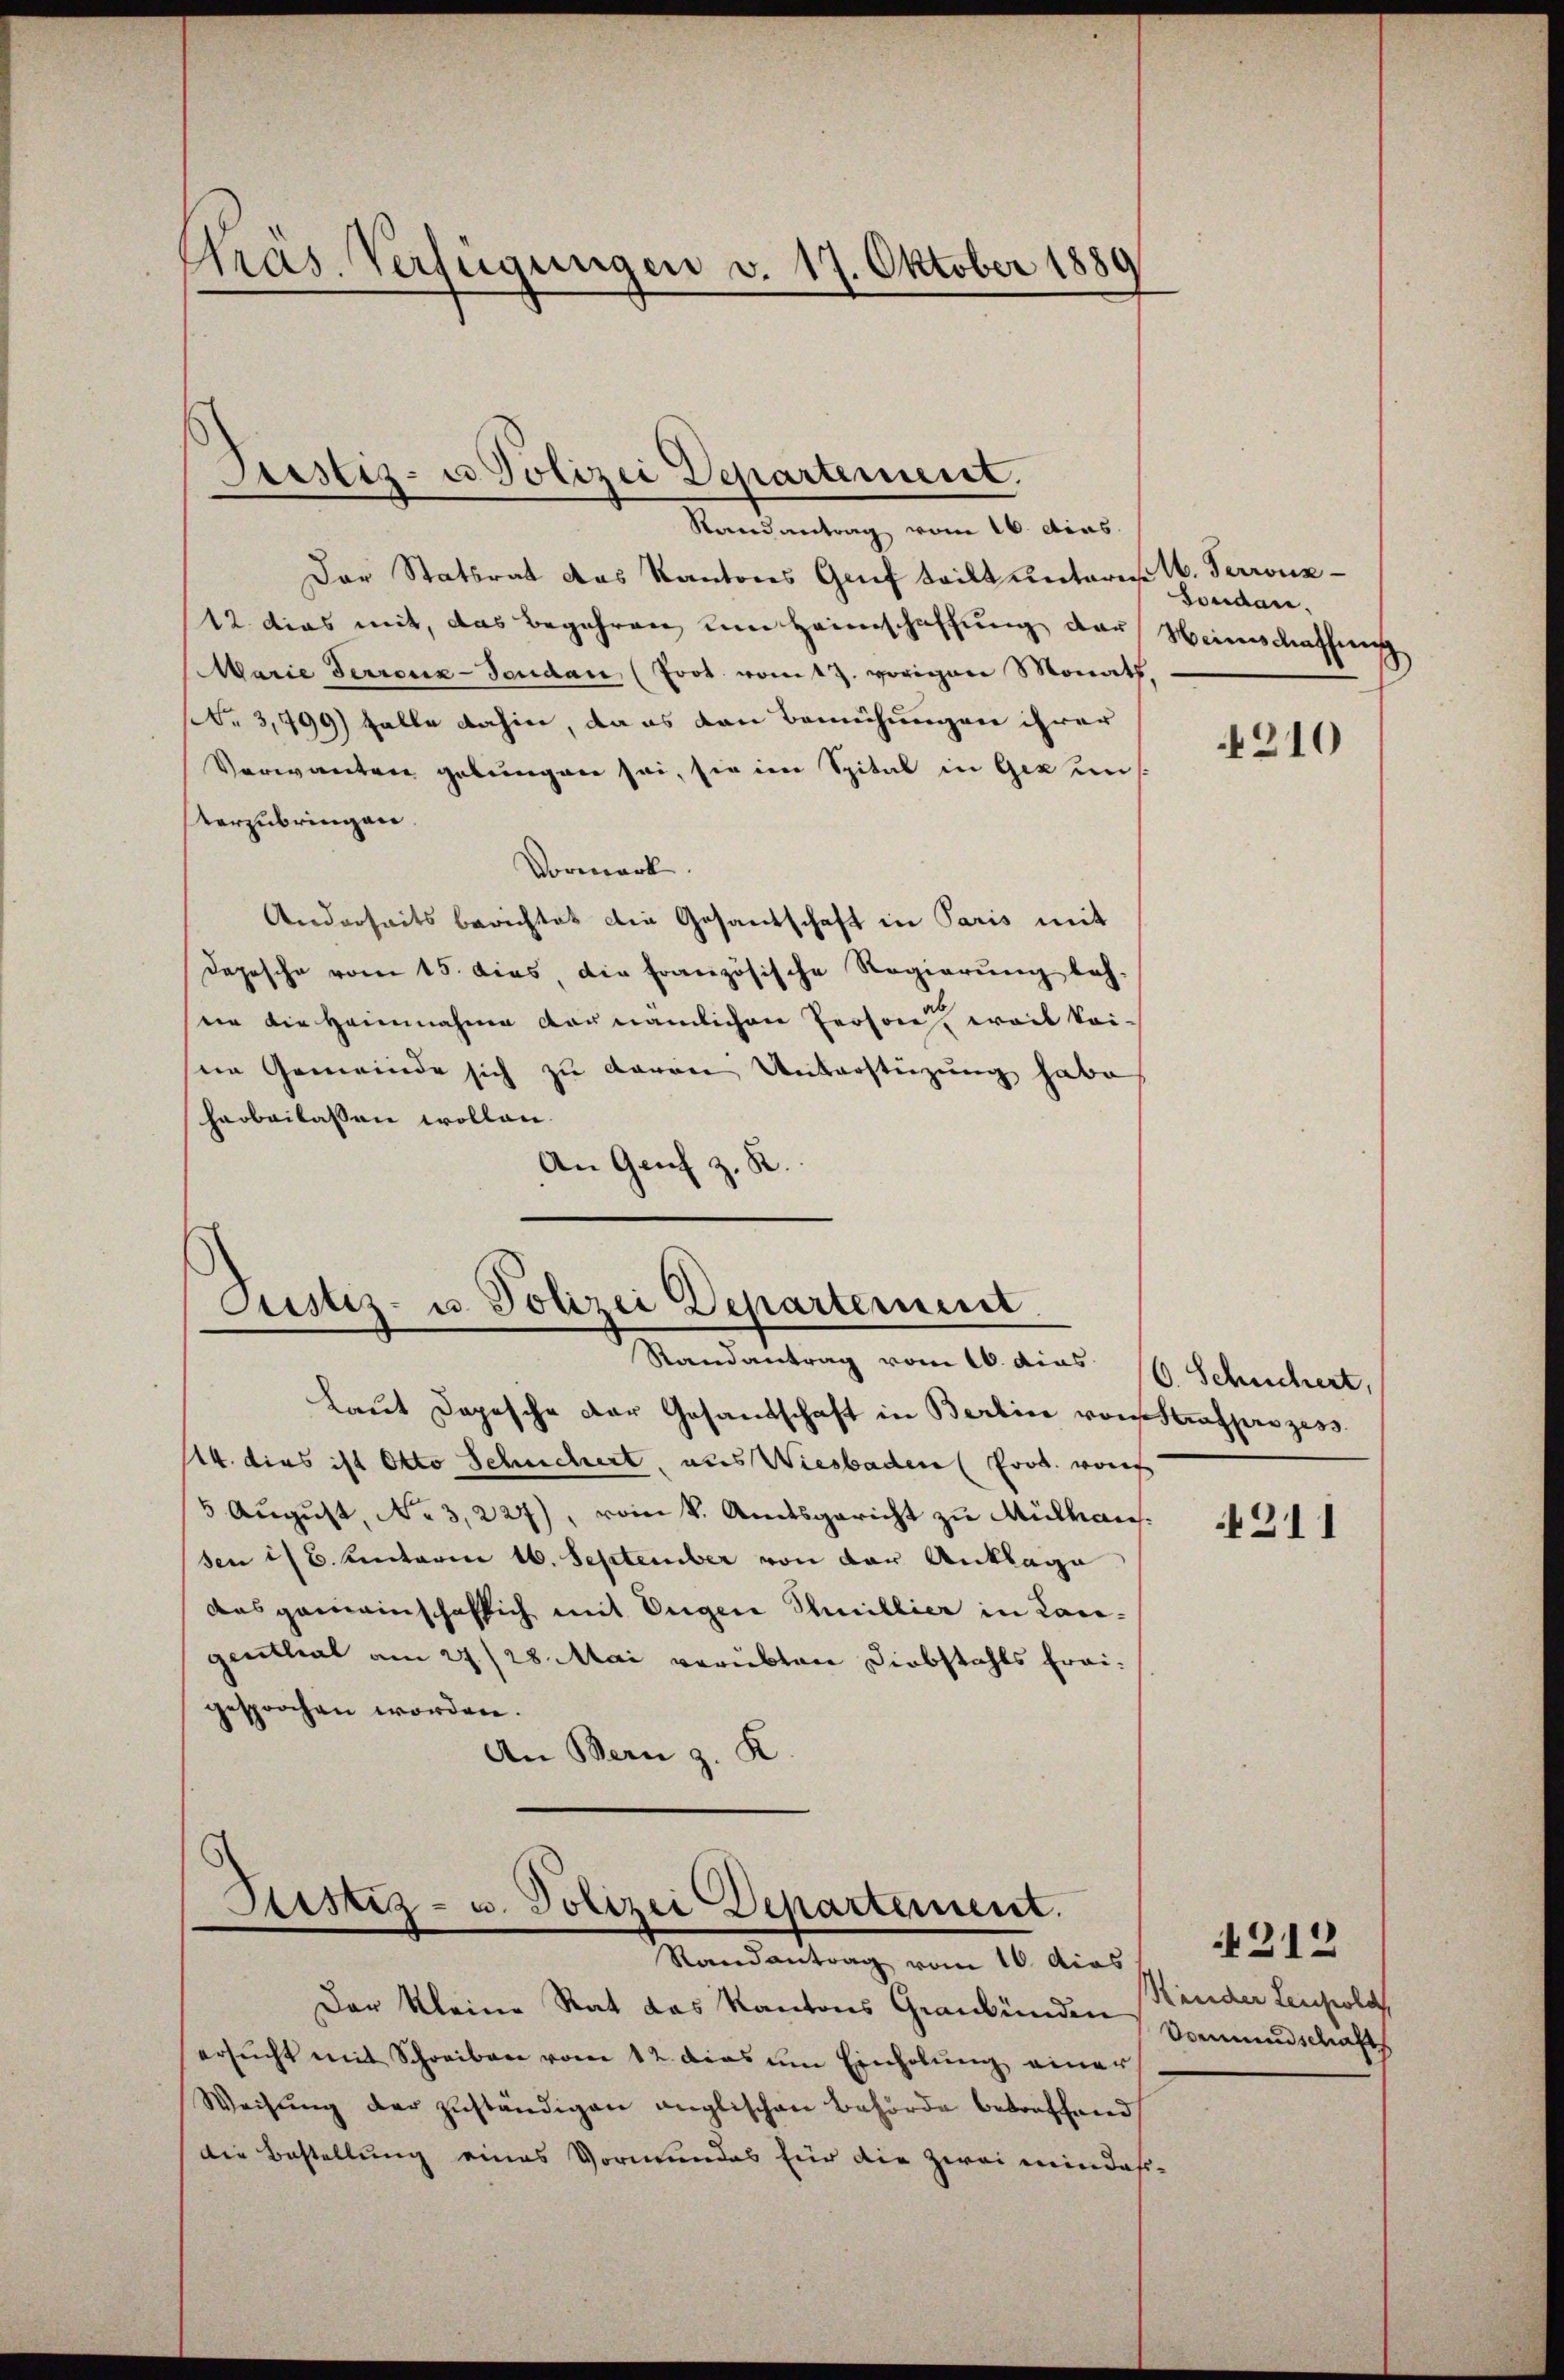
Pras. Verfügungen v. 17. Oktober 1889

Justiz- u Polizei Departement.

Randantrag vom 16. dies
Der Statsrat das Kantons Gruf teilt unterm 16. Perronz
12 dies mit, das Begehren um Heimschaffung der Weinschaffung
Marie Ferrenz-Feudau (Joot. vom 17. vorigen Monath,
(S. 3,499) falle dahin, da es den Bemühungen ihrer
Verwanten gebungen sei, sie im Spital in Gez un
Vorzubringen.
Vormerk
Anderseits berichtet die Gesantschaft in Paris mit
Depesche vom 15. dies, die französische Regierung leh-
nin die Heinnahme der nämlichen Person, weil kei-
sein Gemeinde sich zu davon Unterstüzung habe
harbeilassen wollen.
An Genf z. R.

Justiz- u. Polizei Departement
Randantrag vom 16. dies 16. Schüchert,

Ristiz- u. Polizei Departement.
Randantrag vom 16. dies

Laut Depesche der Gesandschaft in Berlin von Strafprozess
114. dies ist Otto Schnchert, aus Wiesbaden Prod. wor
5 August, No 3,227), vom k. Amtsgericht zu Mülhaus.
sen ist. Antaria 16. September von der Anklage
das gemeinschaftlich mit Eugen Phillier in Langenthal am 27./28. Mai verübten Diebstahls fraigesprochen worden.
An Bern z. K

Foudan.

Der Kleine Rat das Kantons Graubünden Lander Leuhole
ersŭcht mit Schreiben vom 12. dies am Einholung einer
Weisŭng der zuständigen anglischen Behörde betreffend
Die Bestellung eines Vormundes für die zwei mindes-

210

4211

212
Somundschaft